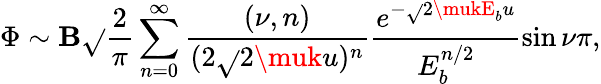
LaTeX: \Phi\sim\mathbf{B}\sqrt{}{{\frac{{2}}{{\pi}}}}\sum_{n=0}^{\infty}\frac{{(\nu,n)}}{{(2\sqrt{}{{2\muk}}u)^{n}}}\frac{{e^{-\sqrt{}{{2\mukE_{b}}}u}}}{{E_{b}^{n/2}}}\sin{\nu\pi},